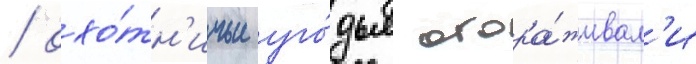
/ охо́тн'ичьи уго́дья огора́живал'и